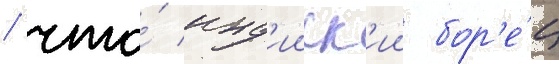
/ что́ инд'ииск'ии бор'е́ц